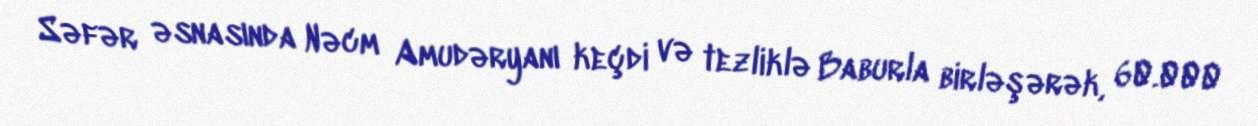
Səfər əsnasında Nəcm Amudəryanı keçdi və tezliklə Baburla birləşərək, 60.000